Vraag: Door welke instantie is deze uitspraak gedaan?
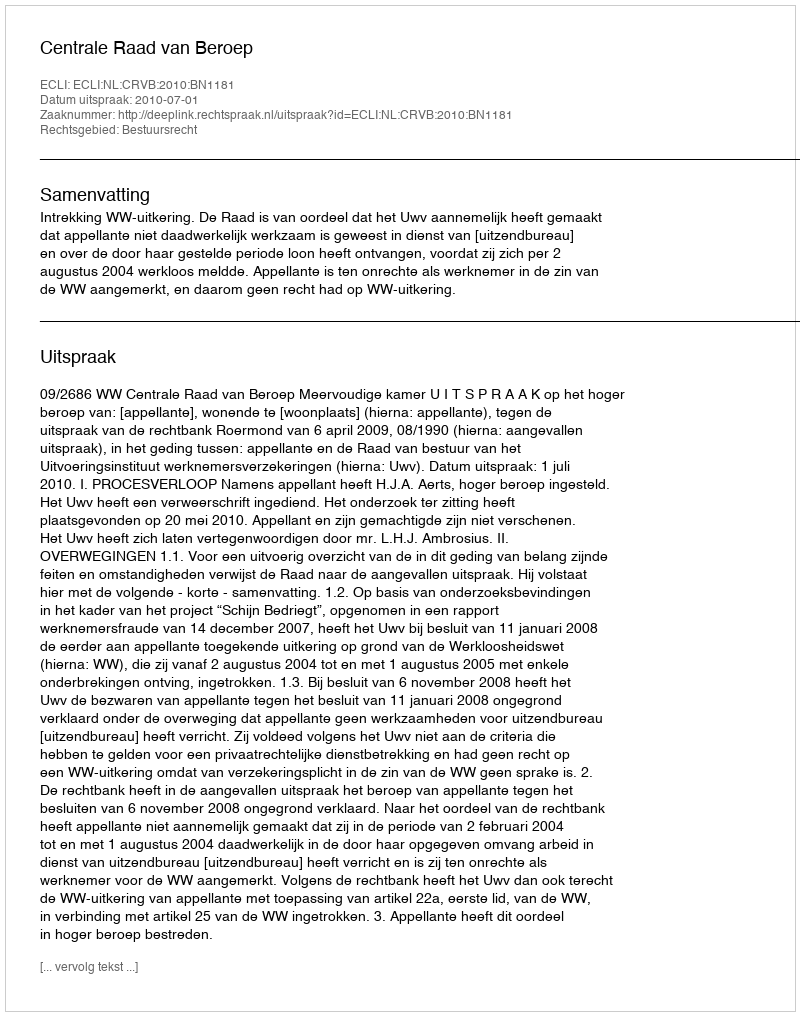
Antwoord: Centrale Raad van Beroep